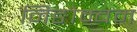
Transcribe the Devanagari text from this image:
निङोम्बम